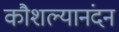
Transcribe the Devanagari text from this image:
कौशल्यानंदन